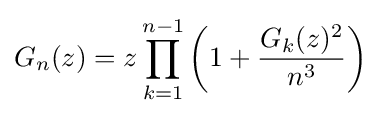
G_{n}(z)=z\prod _{k=1}^{n-1}\left(1+{\frac {G_{k}(z)^{2}}{n^{3}}}\right)